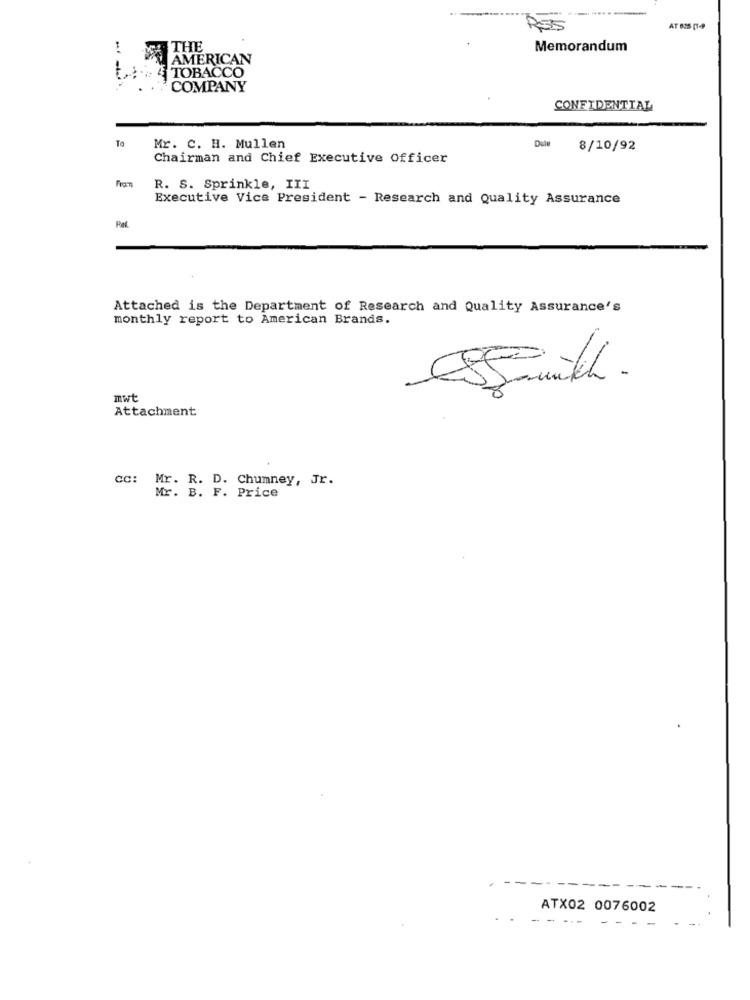
RSS
THE
Memorandum
AMERICAN
t .:. 4 TOBACCO
COMPANY
CONFIDENTIAL
To
Dale
Mr. C. H. Mullen
8/10/92
Chairman and Chief Executive Officer
R. S. Sprinkle, III
Executive Vice President - Research and Quality Assurance
Attached is the Department of Research and Quality Assurance's
monthly report to American Brands.
mwt
Attachment
cc: Mr. R. D. Chumney, Jr.
Mr. B. F. Price
ATX02 0076002
--
--